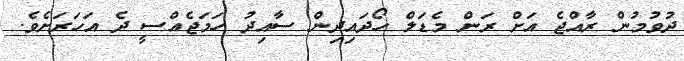
ދުވުމުން ރާއްޖެ އަށް ރަން މެޑަލް ހޯދައިދިން ސާއިދު ހަމަޖެއްސީ ދެ އަހަރަށެވެ.